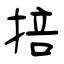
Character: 掊